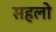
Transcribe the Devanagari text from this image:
सहलो